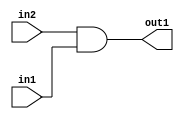
`timescale 1ps / 1ps
/*****************************************************************************
    Verilog RTL Description
    
    
    Created by: Stratus DpOpt 21.05.01 
*******************************************************************************/

module dut_And_1Ux1U_1U_4_0 (
	in2,
	in1,
	out1
	); /* architecture "behavioural" */ 
input  in2,
	in1;
output  out1;
wire  asc001;

assign asc001 = 
	(in2)
	&(in1);

assign out1 = asc001;
endmodule

/* CADENCE  urjwSgk= : u9/ySxbfrwZIxEzHVQQV8Q== ** DO NOT EDIT THIS LINE ******/